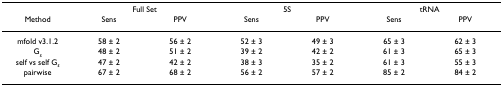
|  | <COLSPAN=2> Full Set | <COLSPAN=2> 5S | <COLSPAN=2> tRNA |
 | Method | Sens | PPV | Sens | PPV | Sens | PPV |
 | --- | --- | --- | --- | --- | --- | --- |
 | mfold v3.1.2 | 58 ± 2 | 56 ± 2 | 52 ± 3 | 49 ± 3 | 65 ± 3 | 62 ± 3 |
 | Gs | 48 ± 2 | 51 ± 2 | 39 ± 2 | 42 ± 2 | 61 ± 3 | 65 ± 3 |
 | self vs self Gs | 47 ± 2 | 42 ± 2 | 38 ± 3 | 35 ± 2 | 61 ± 3 | 55 ± 3 |
 | pairwise | 67 ± 2 | 68 ± 2 | 56 ± 2 | 57 ± 2 | 85 ± 2 | 84 ± 2 |